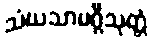
သံဃသာမဂ္ဂီသုတ္တံ